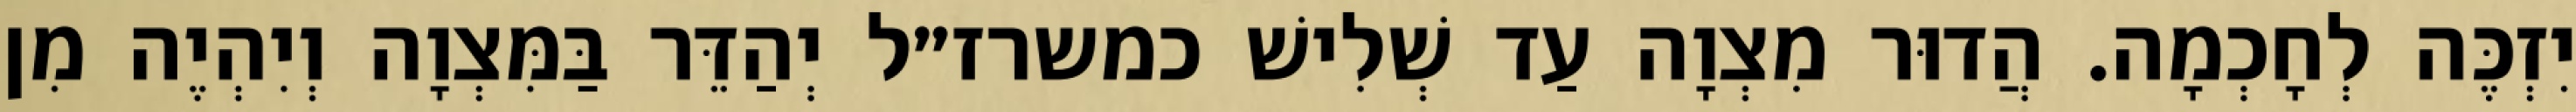
יִזְכֶּה לְחָכְמָה. הֲדוּר מִצְוָה עַד שְׁלִישׁ כמשרז״ל יְהַדֵּר בַּמִּצְוָה וְיִהְיֶה מִן